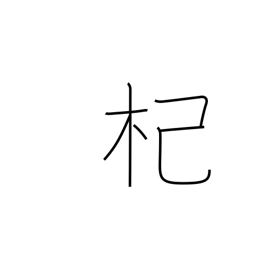
Meaning: river willow